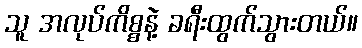
သူ အလုပ်ကိစ္စနဲ့ ခရီးထွက်သွားတယ်။